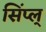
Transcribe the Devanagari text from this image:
सिंप्ल्